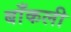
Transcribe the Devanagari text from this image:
बाँकली